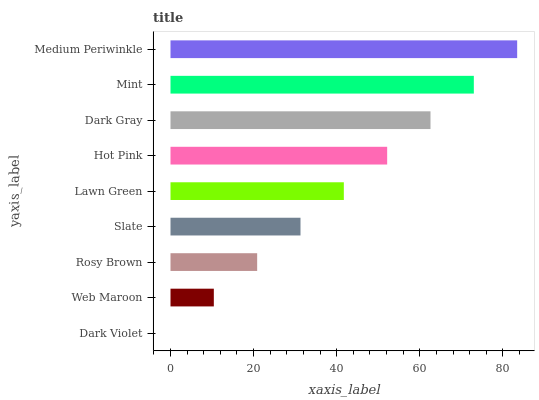
| yaxis_label | bars |
 | --- | --- |
 | Dark Violet | 0 |
 | Web Maroon | 10.4 |
 | Rosy Brown | 20.9 |
 | Slate | 31.3 |
 | Lawn Green | 41.7 |
 | Hot Pink | 52.1 |
 | Dark Gray | 62.6 |
 | Mint | 73 |
 | Medium Periwinkle | 83.4 |